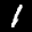
Label: 1